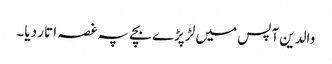
والدین آپس میں لڑ پڑے بچے پہ غصہ اتار دیا۔